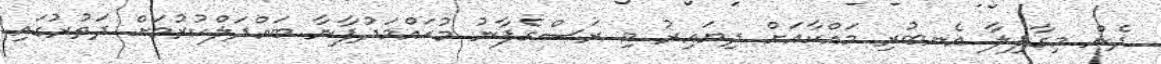
ދެން މިގާފިލާ އެނބުރި މައްކާއަށް ދިޔައިރު މި ރަސްގެފާނު މުޙައްމަދުފާނާ ބައްދަލްކުރުމަށް ދަތުރުގައި